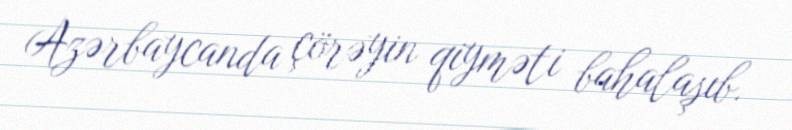
Azərbaycanda çörəyin qiyməti bahalaşıb.